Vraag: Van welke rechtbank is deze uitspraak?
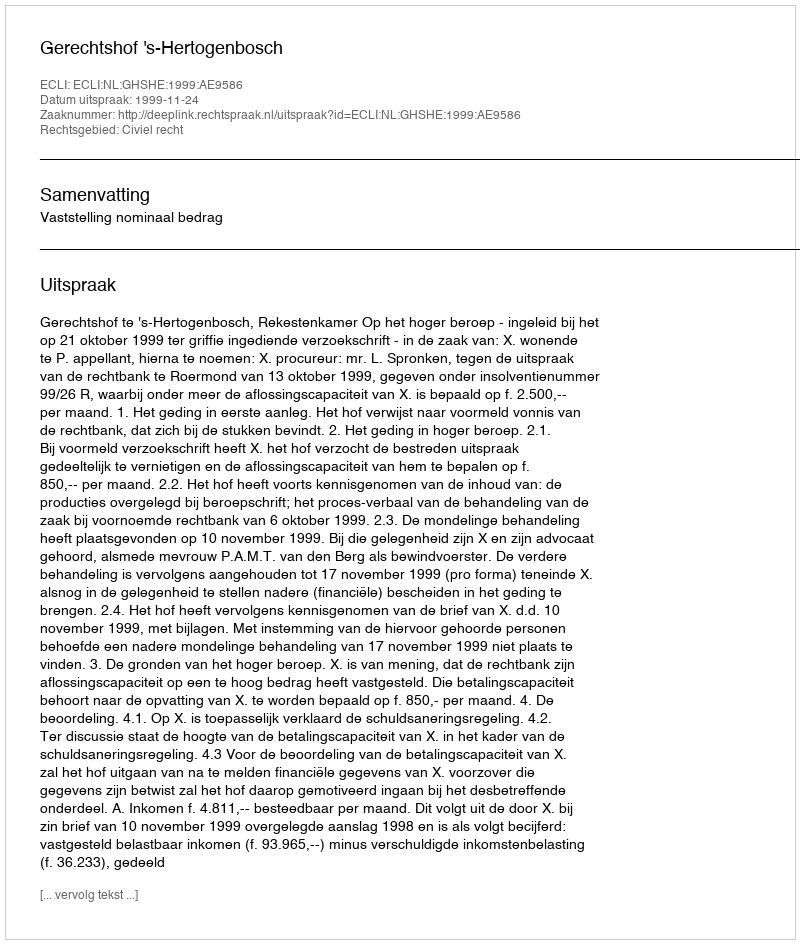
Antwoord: Gerechtshof 's-Hertogenbosch